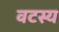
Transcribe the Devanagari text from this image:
वटस्य